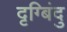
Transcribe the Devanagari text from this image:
दृग्बिंदु